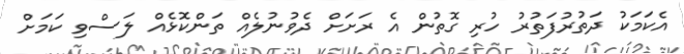
އެކަމަކު ދަތުރުފަތުރު ހުރި ގޮތުން އެ ރަށަށް ދެވުނުލެއް ތަންކޮޅެއް ލަސްވި ކަމަށް